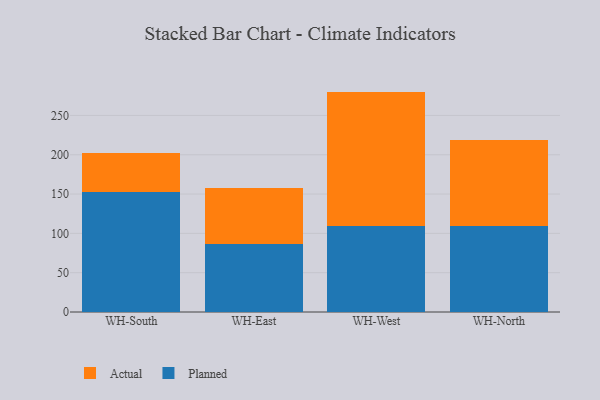
{"axis": {"x": "Warehouse", "y": "Page Views"}, "legend": ["Actual", "Planned"], "data": [{"x": "WH-South", "y": 152.1, "type": "Planned"}, {"x": "WH-South", "y": 50.7, "type": "Actual"}, {"x": "WH-East", "y": 86.6, "type": "Planned"}, {"x": "WH-East", "y": 71.7, "type": "Actual"}, {"x": "WH-West", "y": 109.2, "type": "Planned"}, {"x": "WH-West", "y": 171.1, "type": "Actual"}, {"x": "WH-North", "y": 110.0, "type": "Planned"}, {"x": "WH-North", "y": 108.2, "type": "Actual"}]}